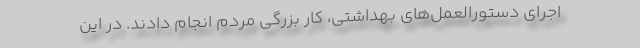
اجرای دستورالعمل‌های بهداشتی، ‌کار بزرگی مردم انجام دادند. در این